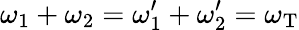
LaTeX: \omega_{1}+\omega_{2}=\omega_{1}^{\prime}+\omega_{2}^{\prime}=\omega_{\mathrm{T}}